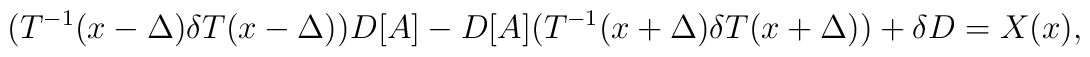
(T^{-1}(x-\Delta)\delta T(x-\Delta))D[A]-D[A](T^{-1}(x+\Delta)\delta T(x+\Delta))+\delta D=X(x),